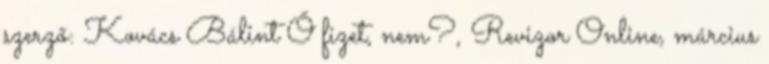
szerző: Kovács Bálint Ő fizet, nem?, Revizor Online, március